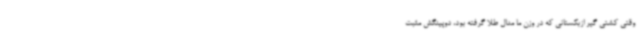
وقتی کشتی گیر ازبکستانی که در وزن ما مدال طلا گرفته بود، دوپینگش مثبت